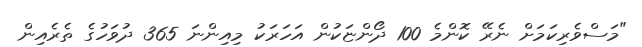
"މަސްވެރިކަމަށް ނެރޭ ކޮންމެ 100 ދޯންޏަކުން އަހަރަކު މިއިންނަ 365 ދުވަހުގެ ތެރެއިން